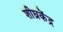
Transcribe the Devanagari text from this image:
शीघ्रकेंद्र